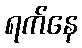
ရက်နေ